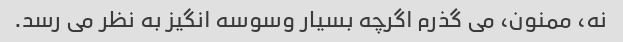
نه، ممنون، می گذرم اگرچه بسیار وسوسه انگیز به نظر می رسد.